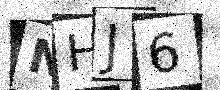
Text: NHJ6